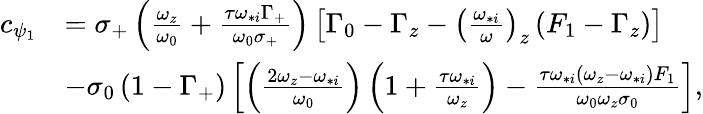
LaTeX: \begin{array}{rl}{c_{\psi_{1}}}&{=\sigma_{+}\left(\frac{\omega_{z}}{\omega_{0}}+\frac{\tau\omega_{*i}\Gamma_{+}}{\omega_{0}\sigma_{+}}\right)\left[\Gamma_{0}-\Gamma_{z}-\left(\frac{\omega_{*i}}{\omega}\right)_{z}\left(F_{1}-\Gamma_{z}\right)\right]}\\ &{-\sigma_{0}\left(1-\Gamma_{+}\right)\left[\left(\frac{2\omega_{z}-\omega_{*i}}{\omega_{0}}\right)\left(1+\frac{\tau\omega_{*i}}{\omega_{z}}\right)-\frac{\tau\omega_{*i}\left(\omega_{z}-\omega_{*i}\right)F_{1}}{\omega_{0}\omega_{z}\sigma_{0}}\right],}\end{array}